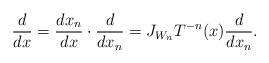
LaTeX: \begin{align*}\frac{d}{d x}=\frac{d x_n}{dx}\cdot \frac{d}{dx_n}=J_{W_n}T^{-n}(x)\frac{d}{dx_n}.\end{align*}